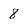
Character: 8